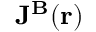
\mathbf { J ^ { B } } ( \mathbf { r } )